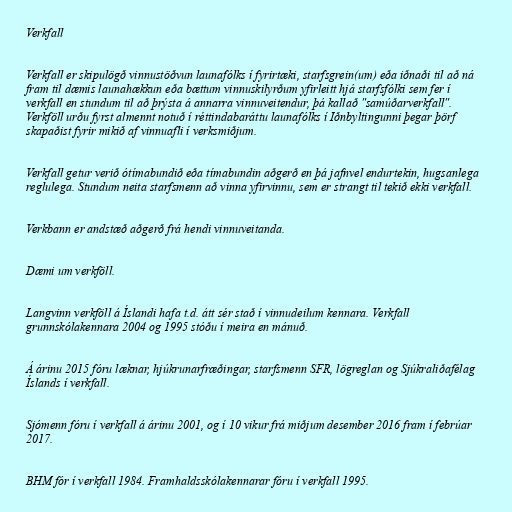
Verkfall

Verkfall er skipulögð vinnustöðvun launafólks í fyrirtæki, starfsgrein(um) eða iðnaði til að ná
fram til dæmis launahækkun eða bættum vinnuskilyrðum yfirleitt hjá starfsfólki sem fer í
verkfall en stundum til að þrýsta á annarra vinnuveitendur, þá kallað "samúðarverkfall".
Verkföll urðu fyrst almennt notuð í réttindabaráttu launafólks í Iðnbyltingunni þegar þörf
skapaðist fyrir mikið af vinnuafli í verksmiðjum.

Verkfall getur verið ótímabundið eða tímabundin aðgerð en þá jafnvel endurtekin, hugsanlega
reglulega. Stundum neita starfsmenn að vinna yfirvinnu, sem er strangt til tekið ekki verkfall.

Verkbann er andstæð aðgerð frá hendi vinnuveitanda.

Dæmi um verkföll.

Langvinn verkföll á Íslandi hafa t.d. átt sér stað í vinnudeilum kennara. Verkfall
grunnskólakennara 2004 og 1995 stóðu í meira en mánuð.

Á árinu 2015 fóru læknar, hjúkrunarfræðingar, starfsmenn SFR, lögreglan og Sjúkraliðafélag
Íslands í verkfall.

Sjómenn fóru í verkfall á árinu 2001, og í 10 vikur frá miðjum desember 2016 fram í febrúar
2017.

BHM fór í verkfall 1984. Framhaldsskólakennarar fóru í verkfall 1995.